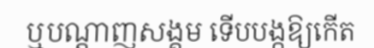
ឬបណ្តាញសង្គម ទើបបង្កឱ្យកើត